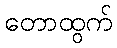
တောထွက်